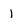
Character: l